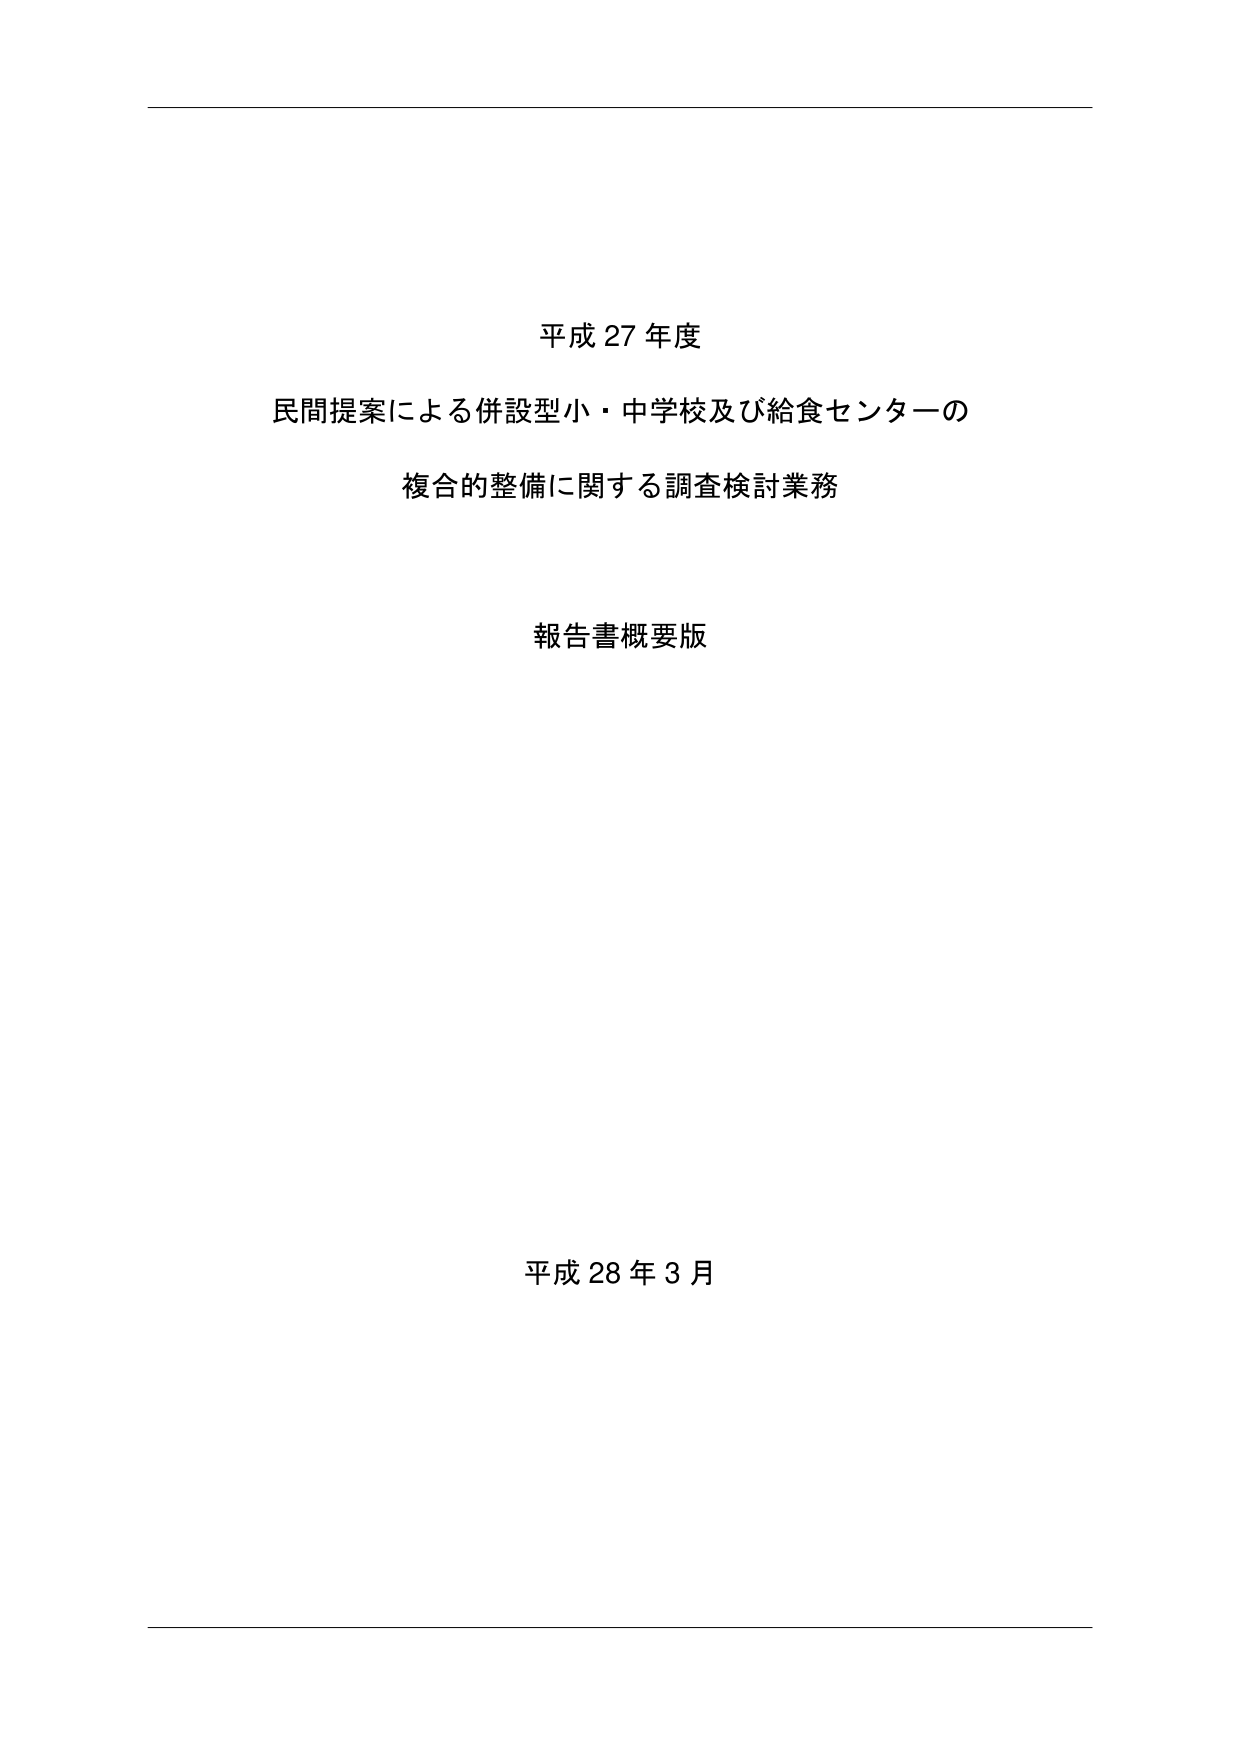
平成 27 年度
民間提案による併設型小・中学校及び給食センターの
複合的整備に関する調査検討業務

報告書概要版

平成 28 年 3 月